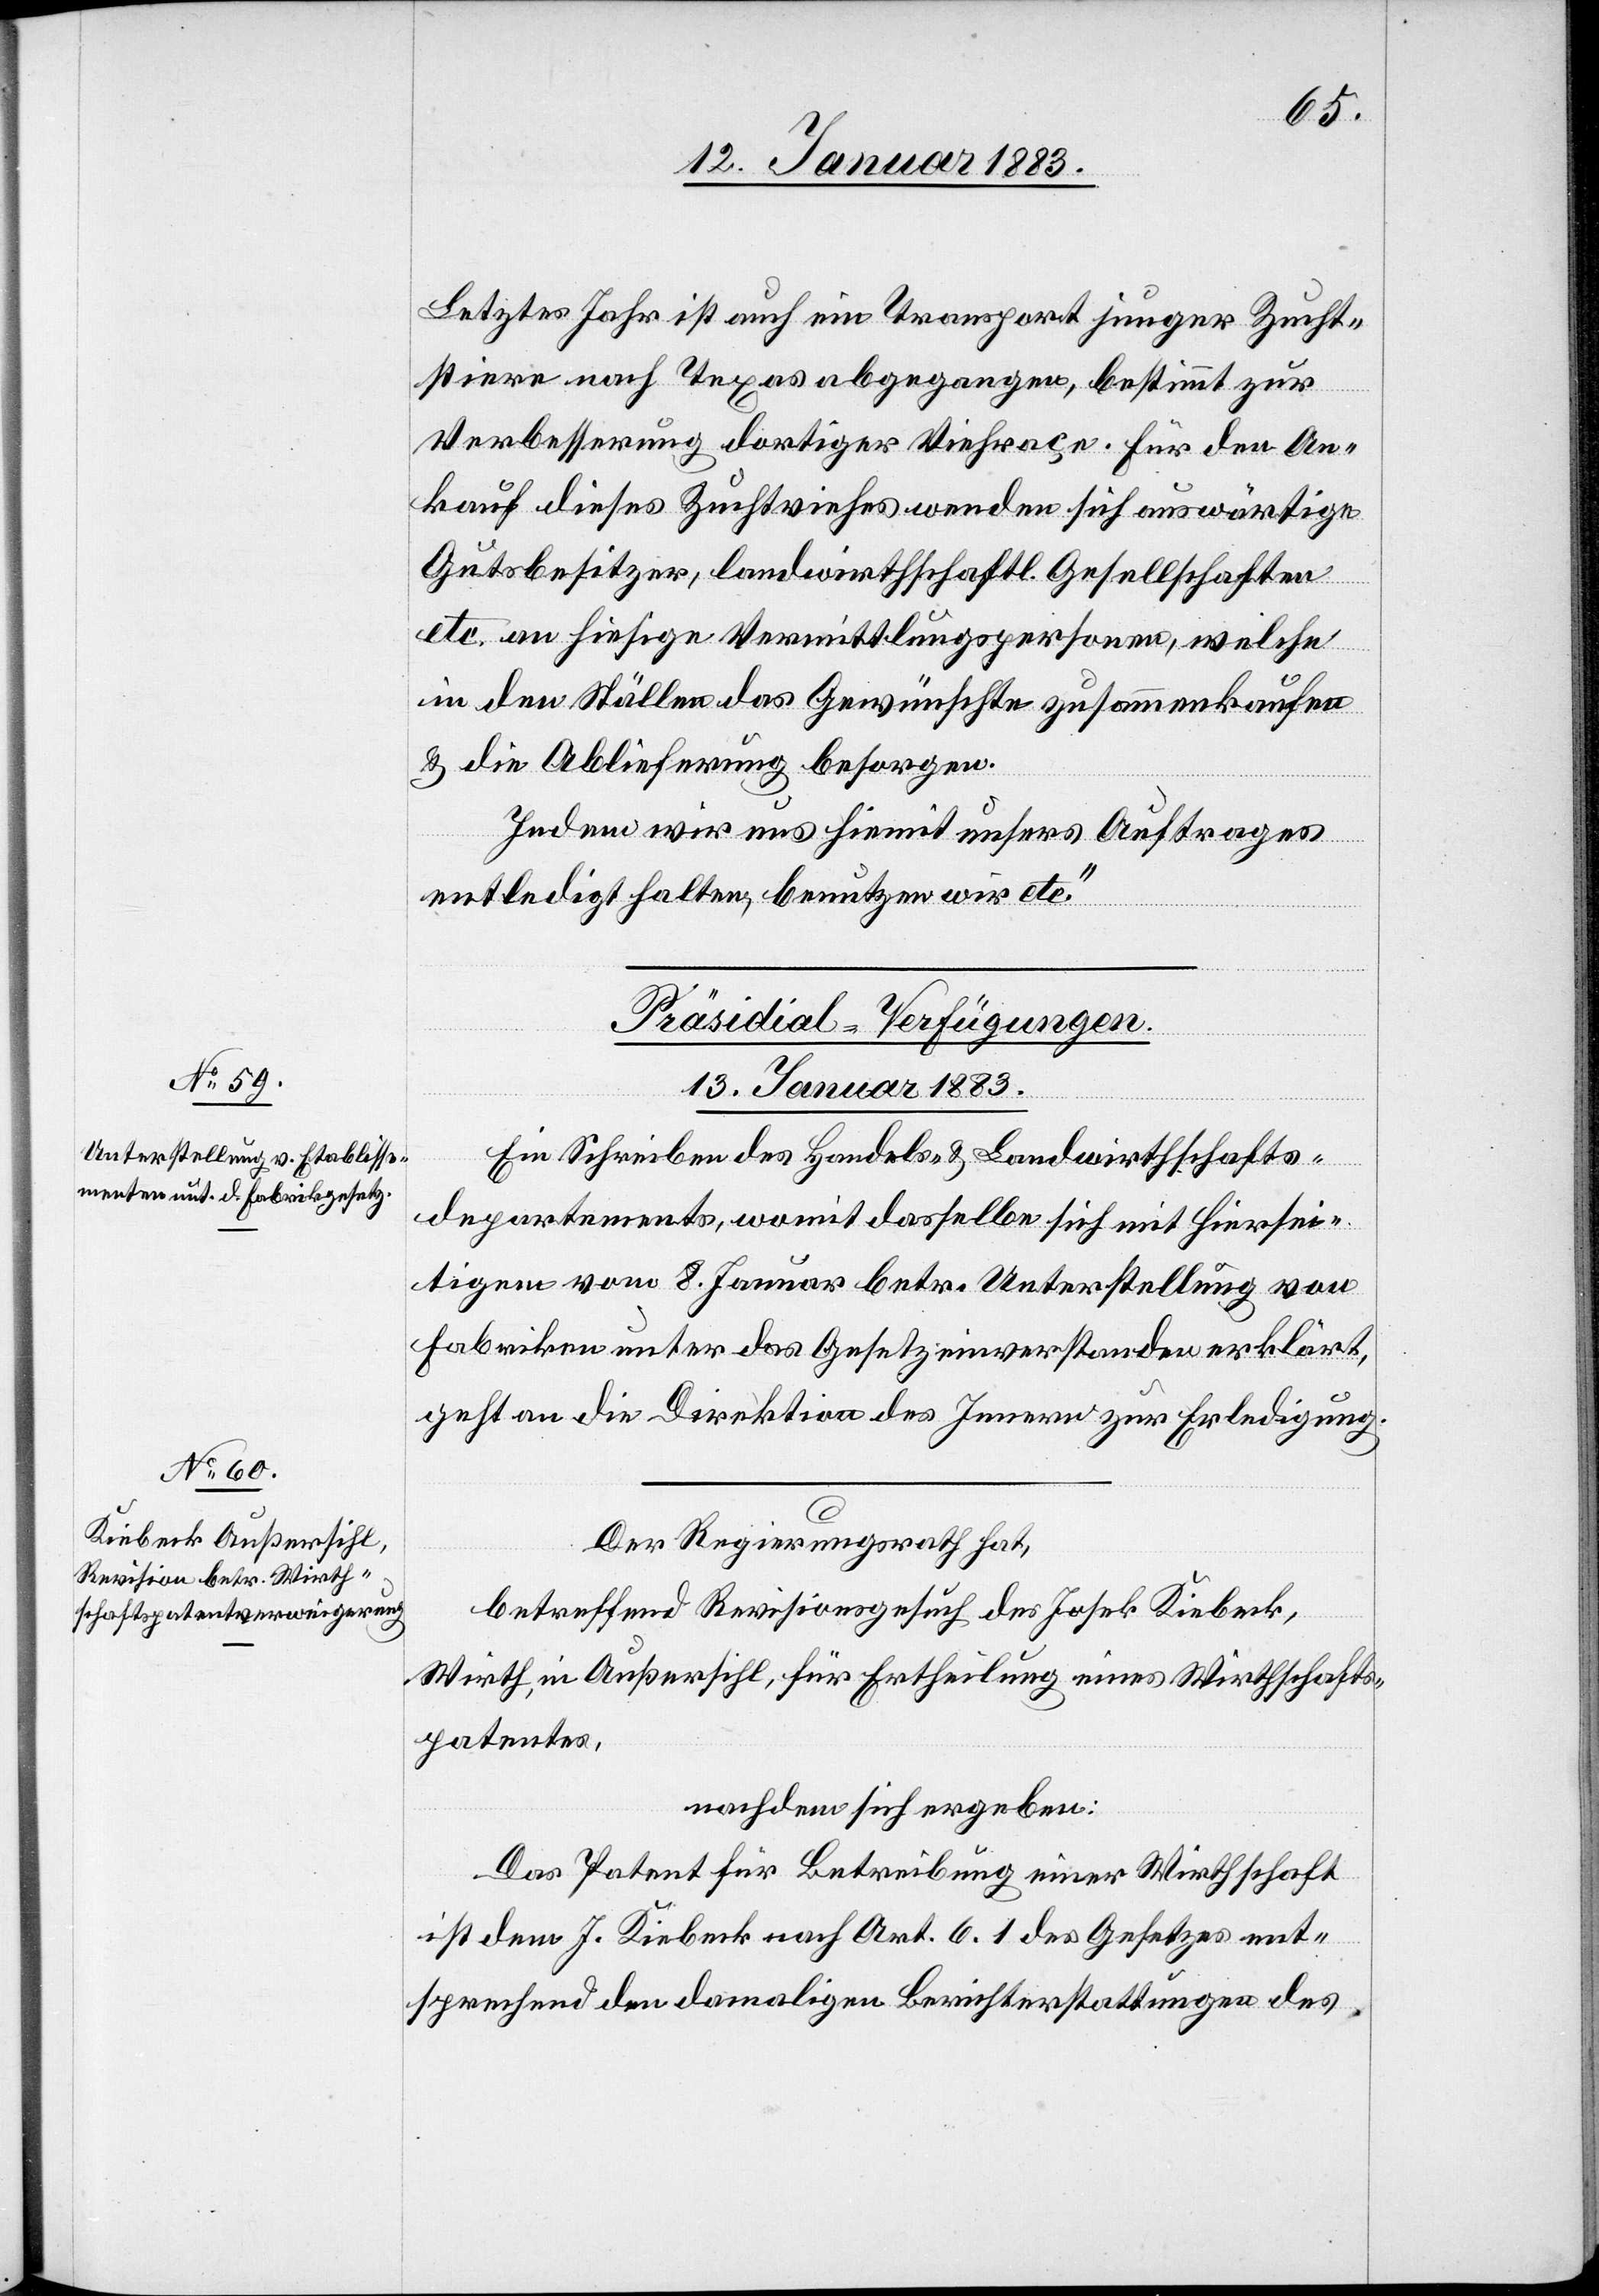
Letztes Jahr ist auch ein Transport junger Zucht¬
stiere nach Texas abgegangen, bestimmt zur
Verbesserung dortiger Viehraçe. Für den An¬
kauf dieses Zuchtviehes wenden sich auswärtige
Gutsbesitzer, landwirthschaftl. Gesellschaften
etc. an hiesige Vermittlungspersonen, welche
in den Ställen das Gewünschte zusammenkaufen
& die Ablieferung besorgen.
Indem wir uns hiemit unsers Auftrages
entledigt haben, benutzen wir etc.“
[Präsidial-Verfügungen.
13. Januar 1883.]
Ein Schreiben des Handels- & Landwirthschafts¬
departements, womit dasselbe sich mit Hiersei¬
tigem vom 8. Januar betr. Unterstellung von
Fabriken unter das Gesetz einverstanden erklärt,
geht an die Direktion des Innern zur Erledigung.
Der Regierungsrath hat,
betreffend Revisionsgesuch des Josek [recte:
Wirth, in Außersihl, für Ertheilung eines Wirthschafts¬
patentes,
nachdem sich ergeben:
Das Patent für Betreibung einer Wirthschaft
ist dem J. Kiebeck nach Art. 6. 1 des Gesetzes ent¬
sprechend den damaligen Berichterstattungen des